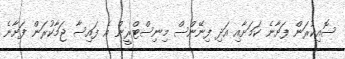
ސޮއިކުރަން ފަށާނެ ކަމަށާއި އަދި ފިނޭންސް މިނިސްޓްރީން އެ ފައިސާ ޖަމާކުރަން ފަށާނެ